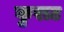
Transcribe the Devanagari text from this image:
कुराउ